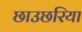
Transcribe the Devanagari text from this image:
छाउछरिया